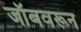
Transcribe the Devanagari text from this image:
जॉबवरून